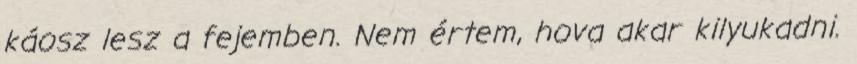
káosz lesz a fejemben. Nem értem, hova akar kilyukadni.